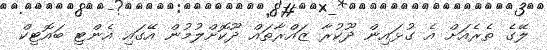
ލޭގެ ތެރެއަށް އެ ގުޅައިން ދޫކުރާ ޒައްރާތައް ދޫކޮށްލުމުން އޭގައި އެންޓި ބައޮޓިކް